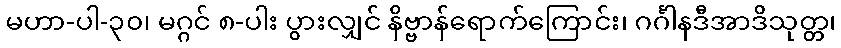
မဟာ-ပါ-၃၀၊ မဂ္ဂင် ၈-ပါး ပွားလျှင် နိဗ္ဗာန်ရောက်ကြောင်း၊ ဂင်္ဂါနဒီအာဒိသုတ္တ၊